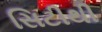
સિટીથી